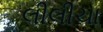
લીલીચા